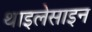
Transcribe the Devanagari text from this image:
थाइलेसाइन